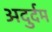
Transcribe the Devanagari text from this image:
अदुर्दम